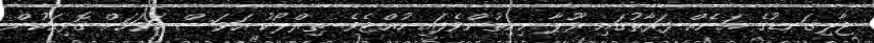
ޖާލިގަނޑުގެ އަނެއް ފަރާތުގައި ރޫޕާ ހިނިތުންވެފައި ހުއްޓެވެ. ތިރްލޯކު އަވަސް އަވަހަށް ގޮޅިއަކުން